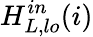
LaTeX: H_{L,\textit{lo}}^{in}(i)